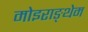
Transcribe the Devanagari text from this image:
मोइराङ्थेम